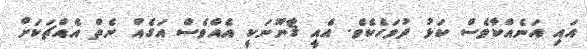
އައި އަނެއްކާވެސް ކަޅު ދުވަހެކެވެ. އެއީ ޤާނޫނަކީ އެއްވެސް އަގެއް ނެތް އެއްޗަކަށް